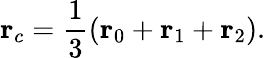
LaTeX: \mathbf{r}_{c}=\frac{1}{3}\left(\mathbf{r}_{0}+\mathbf{r}_{1}+\mathbf{r}_{2}\right).